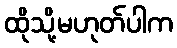
ထိုသို့မဟုတ်ပါက